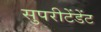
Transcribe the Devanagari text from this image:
सुपरीटेंडेंट